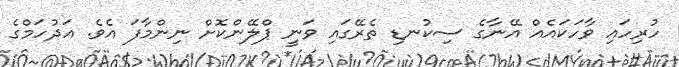
ހުރިހައި ވާހަކައެއް އޭނާގެ ސިކުނޑި ތެރޭގައި ވަނީ ޕްލޭންކޮށް ނިންމާފަ އެވެ. އަދުހަމްގެ